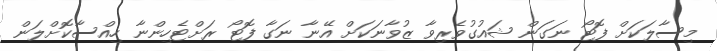
މިސާލަކަށް ފޮޓޯ ނަގަން ޝައުގުވެރިވާ ޒުވާނަކަށް އޭނާ ނަގާ ފޮޓޯ ރަށްޓެހިންނާ ހިއްސާކޮށްލަން